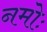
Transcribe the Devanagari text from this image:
नमोः